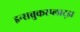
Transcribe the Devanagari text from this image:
इन्सब्रुकरप्लाट्झ